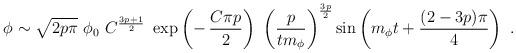
LaTeX: \begin{align*}\phi \sim \sqrt{2 p \pi}\ \phi_0\ C^{ 3p+1 \over2}\ \exp\left(-\,{C \pi p\over2 }\right)\ \left({p\over tm_\phi}\right)^{3p\over 2} \sin \left(m_\phi t+{(2-3p)\pi\over 4}\right) \ .\end{align*}